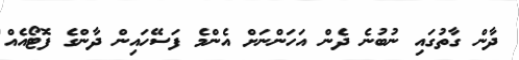
ދާން ގާތުގައި ނުބުނެ ދެން އަހަންނަށް އެންމެ ފަސޭހައިން ދާންގެ ފޮޓޯއެއް